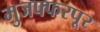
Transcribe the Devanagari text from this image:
मुजफ्फरपूर